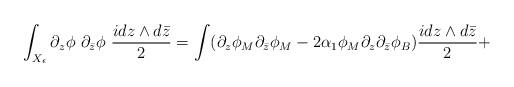
LaTeX: \begin{align*}\int_{X_\epsilon} \partial_z \phi~ \partial_{\bar z}\phi~\frac{idz\wedge d\bar z}{2}=\int (\partial_z \phi_M \partial_{\bar z}\phi_M -2\alpha_1\phi_M\partial_z\partial_{\bar z }\phi_B)\frac{idz\wedge d\bar z}{2}+\end{align*}